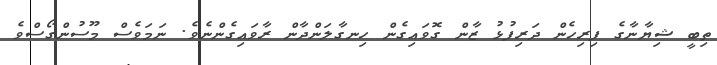
ތިބީ ޝިޔާނާގެ ފިރިހެން ދަރިފުޅު ޒާން ގޮވައިގެން ހިނގާލަންދާން ރާވައިގެންނެވެ. ނަމަވެސް މޫސުންގޯސްވެ